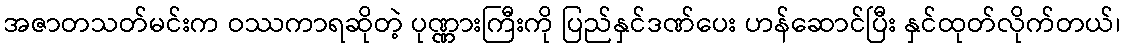
အဇာတသတ်မင်းက ဝဿကာရဆိုတဲ့ ပုဏ္ဏားကြီးကို ပြည်နှင်ဒဏ်ပေး ဟန်ဆောင်ပြီး နှင်ထုတ်လိုက်တယ်၊